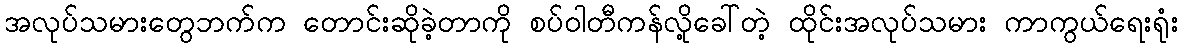
အလုပ်သမားတွေဘက်က တောင်းဆိုခဲ့တာကို စပ်ဝါတီကန်လို့ခေါ်တဲ့ ထိုင်းအလုပ်သမား ကာကွယ်ရေးရုံး